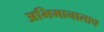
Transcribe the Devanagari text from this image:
अभिमानालाच